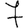
Digit: 7